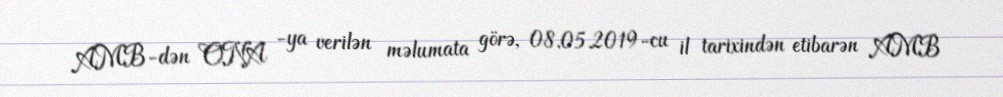
AMB-dən ONA -ya verilən məlumata görə, 08.05.2019-cu il tarixindən etibarən AMB